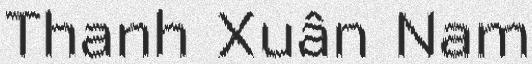
Thanh Xuân Nam